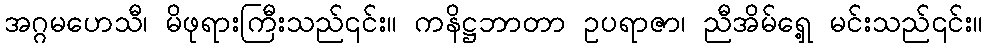
အဂ္ဂမဟေသီ၊ မိဖုရားကြီးသည်၎င်း။ ကနိဋ္ဌဘာတာ ဥပရာဇာ၊ ညီအိမ်ရှေ့ မင်းသည်၎င်း။